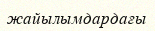
жайылымдардағы